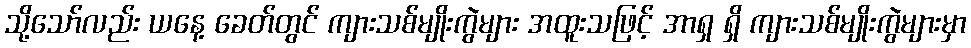
သို့သော်လည်း ယနေ့ ခေတ်တွင် ကျားသစ်မျိုးကွဲများ အထူးသဖြင့် အာရှ ရှိ ကျားသစ်မျိုးကွဲများမှာ